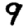
Digit: 9